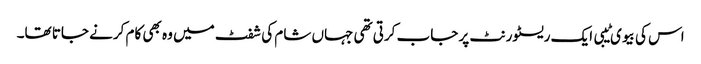
اس کی بیوی ٹیبی ایک ریسٹورنٹ پر جاب کرتی تھی جہاں شام کی شفٹ میں وہ بھی کام کرنے جاتا تھا۔